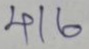
416